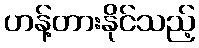
ဟန့်တားနိုင်သည့်